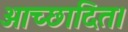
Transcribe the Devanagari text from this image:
आच्छादित।